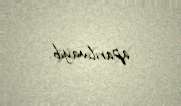
aparılmayıb.